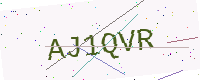
Text: AJ1QVR